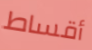
أقساط